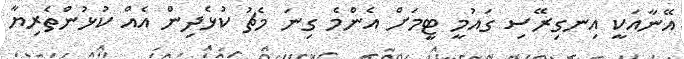
އޭނާއަކީ އިނގިރޭސި ގައުމީ ޓީމަށް އެންމެ ގިނަ މެޗު ކުޅެދިން އެއް ކުޅުންތެރިޔާ